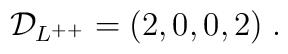
{\cal D}_{L^{++}} = (2,0,0,2)\;.